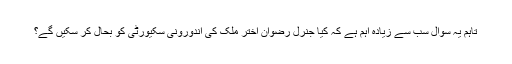
تاہم یہ سوال سب سے زیادہ اہم ہے کہ کیا جنرل رضوان اختر ملک کی اندورونی سکیورٹی کو بحال کر سکیں گے؟